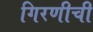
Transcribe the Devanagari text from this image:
गिरणीची